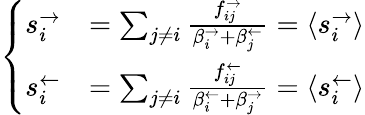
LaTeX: \left\{ \begin{array}{ll}{s_{i}^{\rightarrow}}&{=\sum_{j\neq i}\frac{f_{ij}^{\rightarrow}}{\beta_{i}^{\rightarrow}+\beta_{j}^{\leftarrow}}=\langle s_{i}^{\rightarrow}\rangle}\\ {s_{i}^{\leftarrow}}&{=\sum_{j\neq i}\frac{f_{ij}^{\leftarrow}}{\beta_{i}^{\leftarrow}+\beta_{j}^{\rightarrow}}=\langle s_{i}^{\leftarrow}\rangle}\end{array}\right.